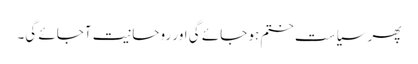
پھر سیاست ختم ہو جائے گی اور روحانیت آجائے گی۔